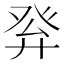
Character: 𤼪